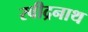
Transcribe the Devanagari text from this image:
रवीद्रनाथ